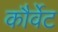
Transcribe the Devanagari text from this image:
कौर्वेट